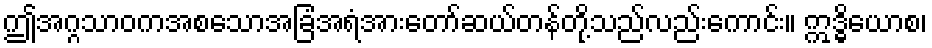
ဤအဂ္ဂသာဝကအစသောအခြံအရံအားတော်ဆယ်တန်တို့သည်လည်းကောင်း။ ဣဒ္ဓိယောစ၊